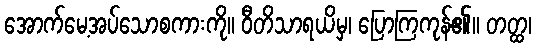
အောက်မေ့အပ်သောစကားကို။ ဝီတိသာရယိမှ၊ ပြောကြကုန်၏။ တတ္ထ၊